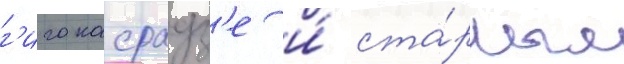
г'иго касрадз'е и́ ста́рым